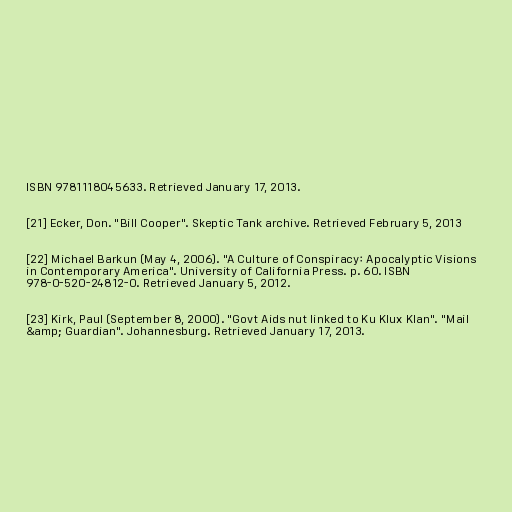
ISBN 9781118045633. Retrieved January 17, 2013.

[21] Ecker, Don. "Bill Cooper". Skeptic Tank archive. Retrieved February 5, 2013

[22] Michael Barkun (May 4, 2006). "A Culture of Conspiracy: Apocalyptic Visions
in Contemporary America". University of California Press. p. 60. ISBN
978-0-520-24812-0. Retrieved January 5, 2012.

[23] Kirk, Paul (September 8, 2000). "Govt Aids nut linked to Ku Klux Klan". "Mail
&amp; Guardian". Johannesburg. Retrieved January 17, 2013.